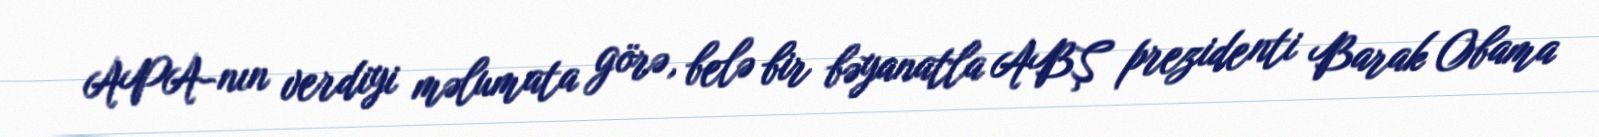
APA-nın verdiyi məlumata görə, belə bir bəyanatla ABŞ prezidenti Barak Obama